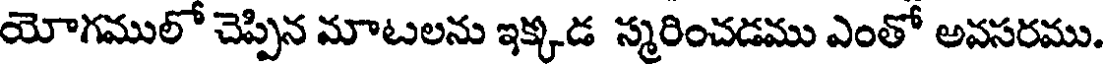
యోగములో చెప్పిన మాటలను ఇక్కడ స్మరించడము ఎంతో అవసరము.